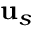
\mathbf { u } _ { s }